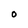
Character: O